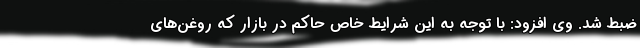
ضبط شد. وی افزود: با توجه به این شرایط خاص حاکم در بازار که روغن‌های